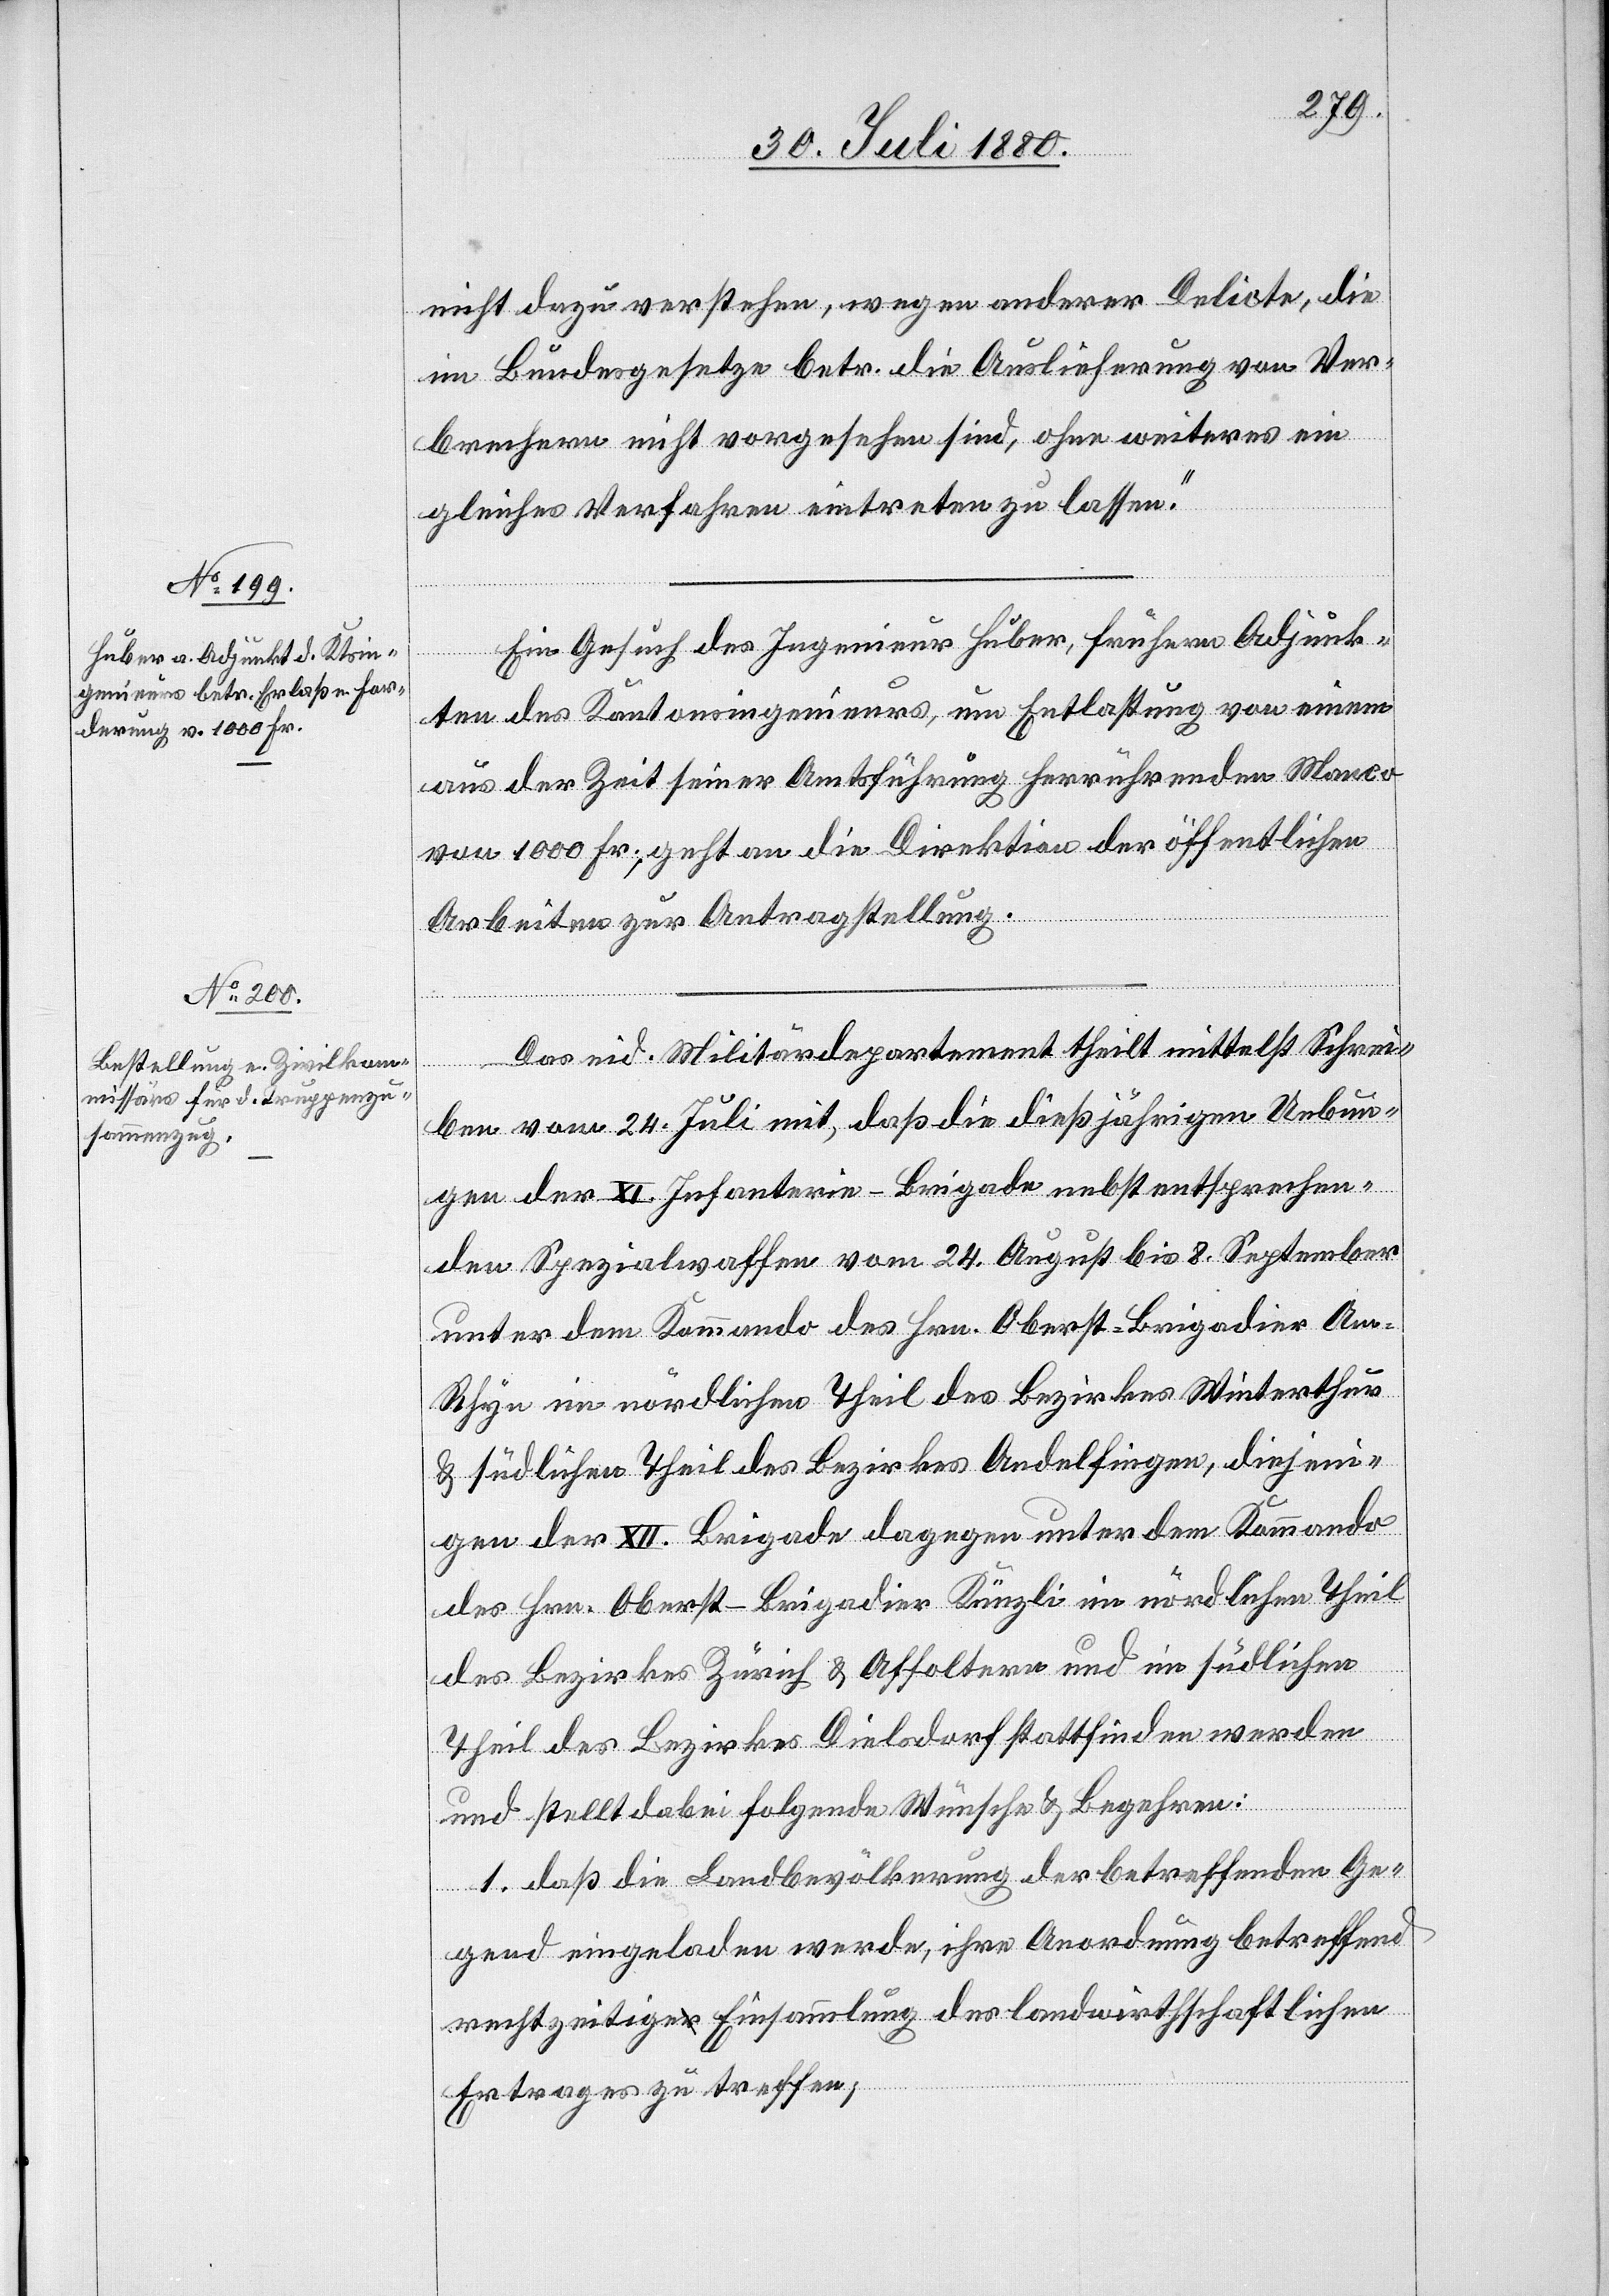
nicht dazu verstehen, wegen anderer Delicte, die
im Bundesgesetze betr. die Auslieferung von Ver¬
brechern nicht vorgesehen sind, ohne weiteres ein
gleiches Verfahren eintreten zu lassen.“
Ein Gesuch des Ingenieurs Huber, frühere Adjunk¬
gen
ten des Kantonsingenieurs, um Entlassung von einem
aus der Zeit seiner Amtsführung herrührenden Manco
von 1000 Fr., geht an die Direktion der öffentlichen
Arbeiten zur Antragstellung.
Das eid. Militärdepartement theilt mittels Schrei¬
im
ben vom 24. Juli mit, daß die dießjährigen Uebun¬
gen der XI. Infanterie-Brigade nebst entsprechen¬
den Spezialwaffen vom 24. August bis 8. September
unter dem Kommando des Hrn. Oberst-Brigadier Am-R¬
im nördlichen Theil des Bezirkes Andelfingen, diejeni¬
des Bezirkes Zürich & Affoltern und im südlichen
Theil des Bezirkes Dielsdorf stattfinden werden
nördlichen
und stellt dabei folgende Wünsche & Begehren:
1. daß die Landbevölkerung der betreffenden Ge¬
gend eingeladen werde, ihre Anordnung betreffend
rechtzeitige Einsammlung des landwirthschaftlichen
Ertrages zu treffen,